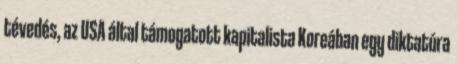
tévedés, az USA által támogatott kapitalista Koreában egy diktatúra